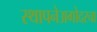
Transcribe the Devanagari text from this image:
स्थापनेअगोदरचा